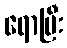
ရောပြီး